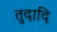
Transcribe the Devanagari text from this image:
तुदादि